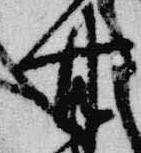
甘